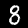
Label: 8